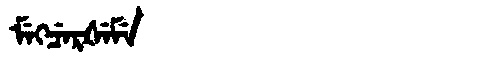
Manchu: ᠮᡝᡴᠴᡝᡵᡧᡝᠮᡝ
Romanization: MEKCERŠEME